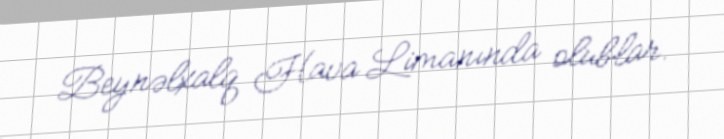
Beynəlxalq Hava Limanında olublar.